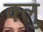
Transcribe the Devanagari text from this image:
क्लु